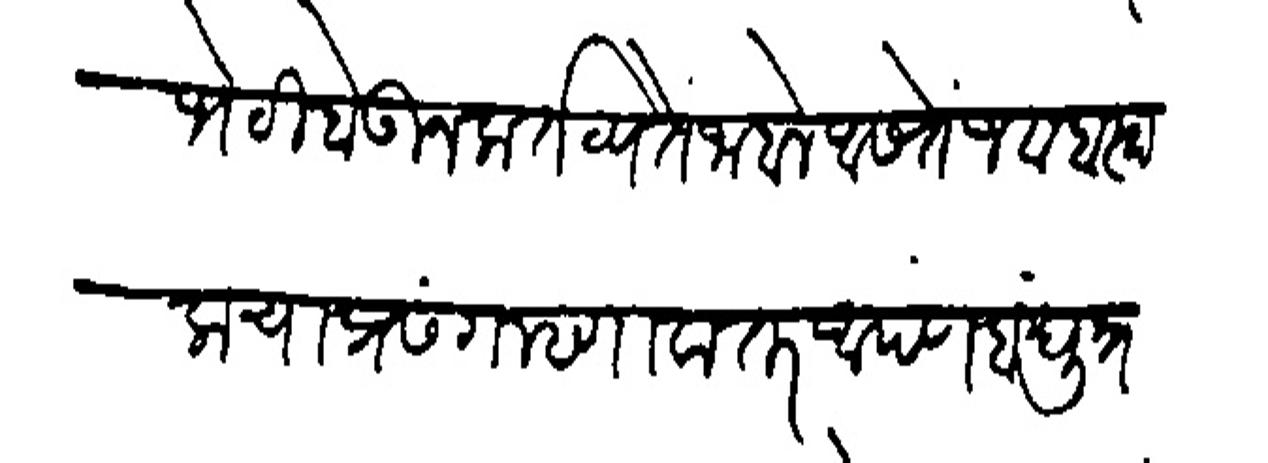
Transliteration (Devanagari): भेटी होऊन करतव्य ते जाहाले आसतें जवाबस्वा साचा प्रसंग म्हणावा तर आपण बंधू प्रपानपंत